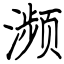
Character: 濒